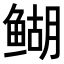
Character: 𬶞